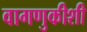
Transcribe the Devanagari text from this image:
वागणुकीशी